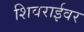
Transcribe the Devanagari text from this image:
शिवराईवर